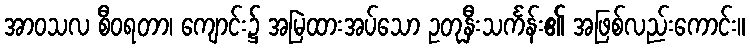
အာဝသလ စီဝရတာ၊ ကျောင်း၌ အမြဲထားအပ်သော ဥတုနှီးသင်္ကန်း၏ အဖြစ်လည်းကောင်း။